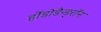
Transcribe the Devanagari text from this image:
र्होडोडैन्ड्रॉन